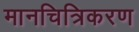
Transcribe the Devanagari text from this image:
मानचित्रिकरण